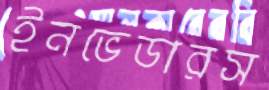
ইনভেডারস